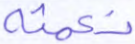
نعمته